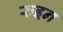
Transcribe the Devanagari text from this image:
रुइन